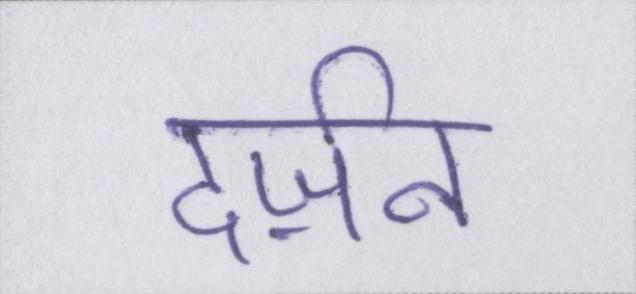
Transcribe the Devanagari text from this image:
दर्ज़न